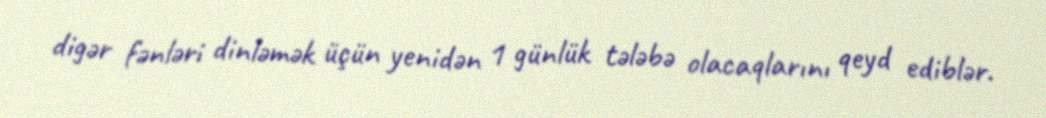
digər fənləri dinləmək üçün yenidən 1 günlük tələbə olacaqlarını qeyd ediblər.